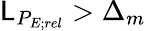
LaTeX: \mathsf{L}_{P_{E;rel}}>\Delta_{m}